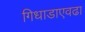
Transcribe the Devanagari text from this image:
गिधाडाएवढा